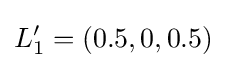
L_{1}'=(0.5,0,0.5)